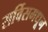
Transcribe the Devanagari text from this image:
सर्विसमधून